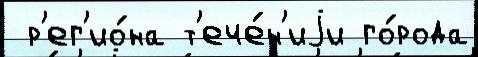
 р'ег'ио́на т'ече́н'иjи го́рода